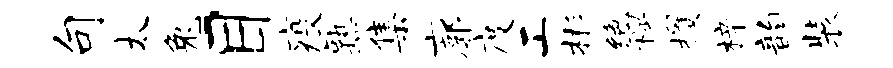
句太兔目疫熟集廓度工彬绝穆攫梓韵装